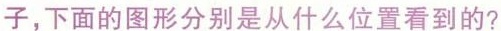
子，下面的图形分别是从什么位置看到的?